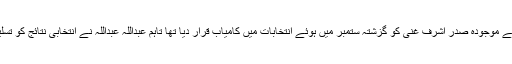
افغانستان کے الیکشن کمیشن نے موجودہ صدر اشرف غنی کو گزشتہ ستمبر میں ہوئے انتخابات میں کامیاب قرار دیا تھا تاہم عبداللہ عبداللہ نے انتخابی نتائج کو تسلیم کرنے سے انکار کردیا تھا۔